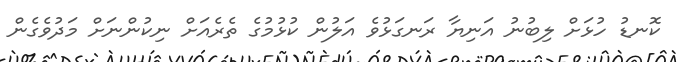
ކޮނޑު ހުޅަށް ލިބުނު އަނިޔާ ރަނގަޅުވެ އަލުން ކުޅުމުގެ ތެރެއަށް ނިކުންނަށް މަދުވެގެން